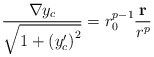
\begin{align*}\frac {{\bf \nabla}y_c}{\sqrt{1+ \left(y^{\prime}_c\right)^2}} = r_0^{p-1}\frac{{\bf r}}{r^p}\end{align*}